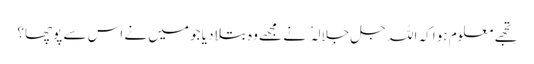
تجھے معلوم ہوا کہ اللہ جل جلالہ نے مجھے وہ بتلا دیا جو میں نے اس سے پوچھا؟